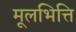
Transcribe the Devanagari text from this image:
मूलभित्ति